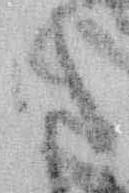
た